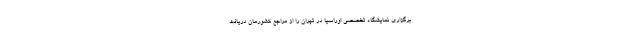
برگزاری نمایشگاه تخصصی اوراسیا در تهران را از مراجع کشورمان دریافت